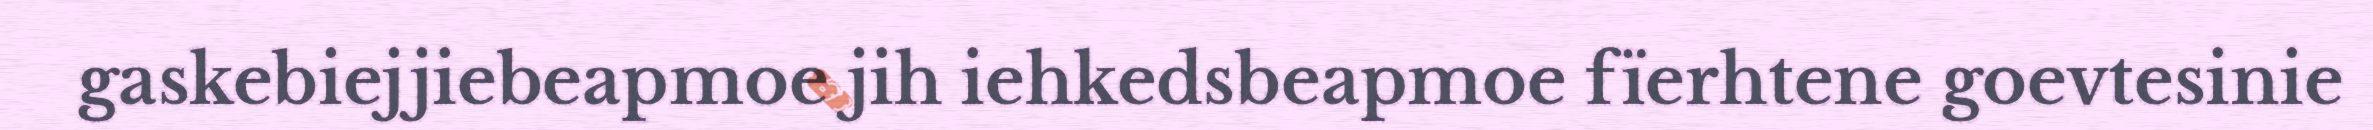
gaskebiejjiebeapmoe jih iehkedsbeapmoe fïerhtene goevtesinie